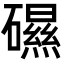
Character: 礘